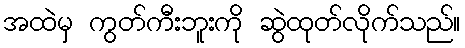
အထဲမှ ကွတ်ကီးဘူးကို ဆွဲထုတ်လိုက်သည်။